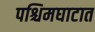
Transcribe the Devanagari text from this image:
पश्चिमघाटात